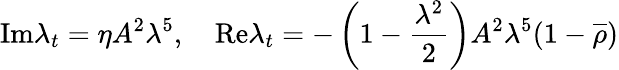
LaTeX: \mathrm{Im}\lambda_{t}=\eta A^{2}\lambda^{5},\quad\mathrm{Re}\lambda_{t}=-\left(1-\frac{\lambda^{2}}{2}\right)A^{2}\lambda^{5}(1-\overline{{{\rho}}})